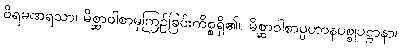
ဝိရမဏရသာ၊ မိစ္ဆာဝါစာမှကြဉ်ခြင်းကိစ္စရှိ၏။ မိစ္ဆာဝါစာပ္ပဟာနပစ္စုပဋ္ဌာနာ၊